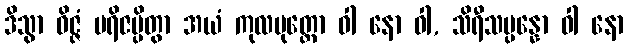
ဒိသွာ ဝိဇ္ဇံ ပရိဇပ္ပိတွာ အယံ ကုလပုတ္တော ဝါ နော ဝါ, သိရီသမ္ပန္နော ဝါ နော